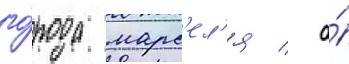
го́рода марс'ел'я / а́